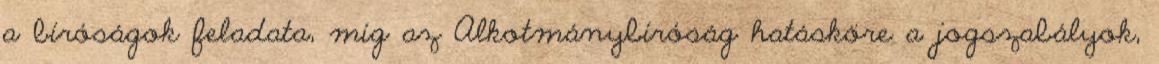
a bíróságok feladata, míg az Alkotmánybíróság hatásköre a jogszabályok,